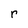
Character: r